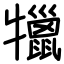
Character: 犣